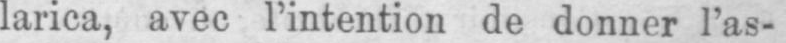
larica, avec l’intention de donner l’as-